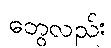
တွေလည်း